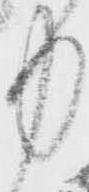
中